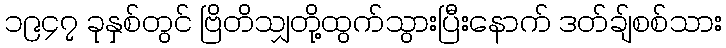
၁၉၄၇ ခုနှစ်တွင် ဗြိတိသျှတို့ထွက်သွားပြီးနောက် ဒတ်ချ်စစ်သား